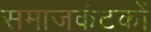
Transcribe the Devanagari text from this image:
समाजकंटकों